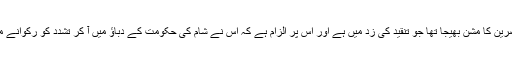
عرب لیگ نے شام میں اپنے مبصرین کا مشن بھیجا تھا جو تنقید کی زد میں ہے اور اس پر الزام ہے کہ اس نے شام کی حکومت کے دباؤ میں آ کر تشدد کو رکوانے میں کوئی خاص اقدام نہیں کیا ہے۔